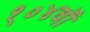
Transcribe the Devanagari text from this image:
१०४वॉ